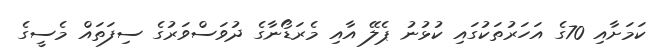
ކަަމަށާއި 70ގެ އަހަރުތަކުގައި ކުޅުނު ޕެލޭ އާއި މެރަޑޯނާގެ ދުވަސްވަރުގެ ސިފަތައް މެސީގެ